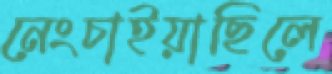
নেংচাইয়াছিলে